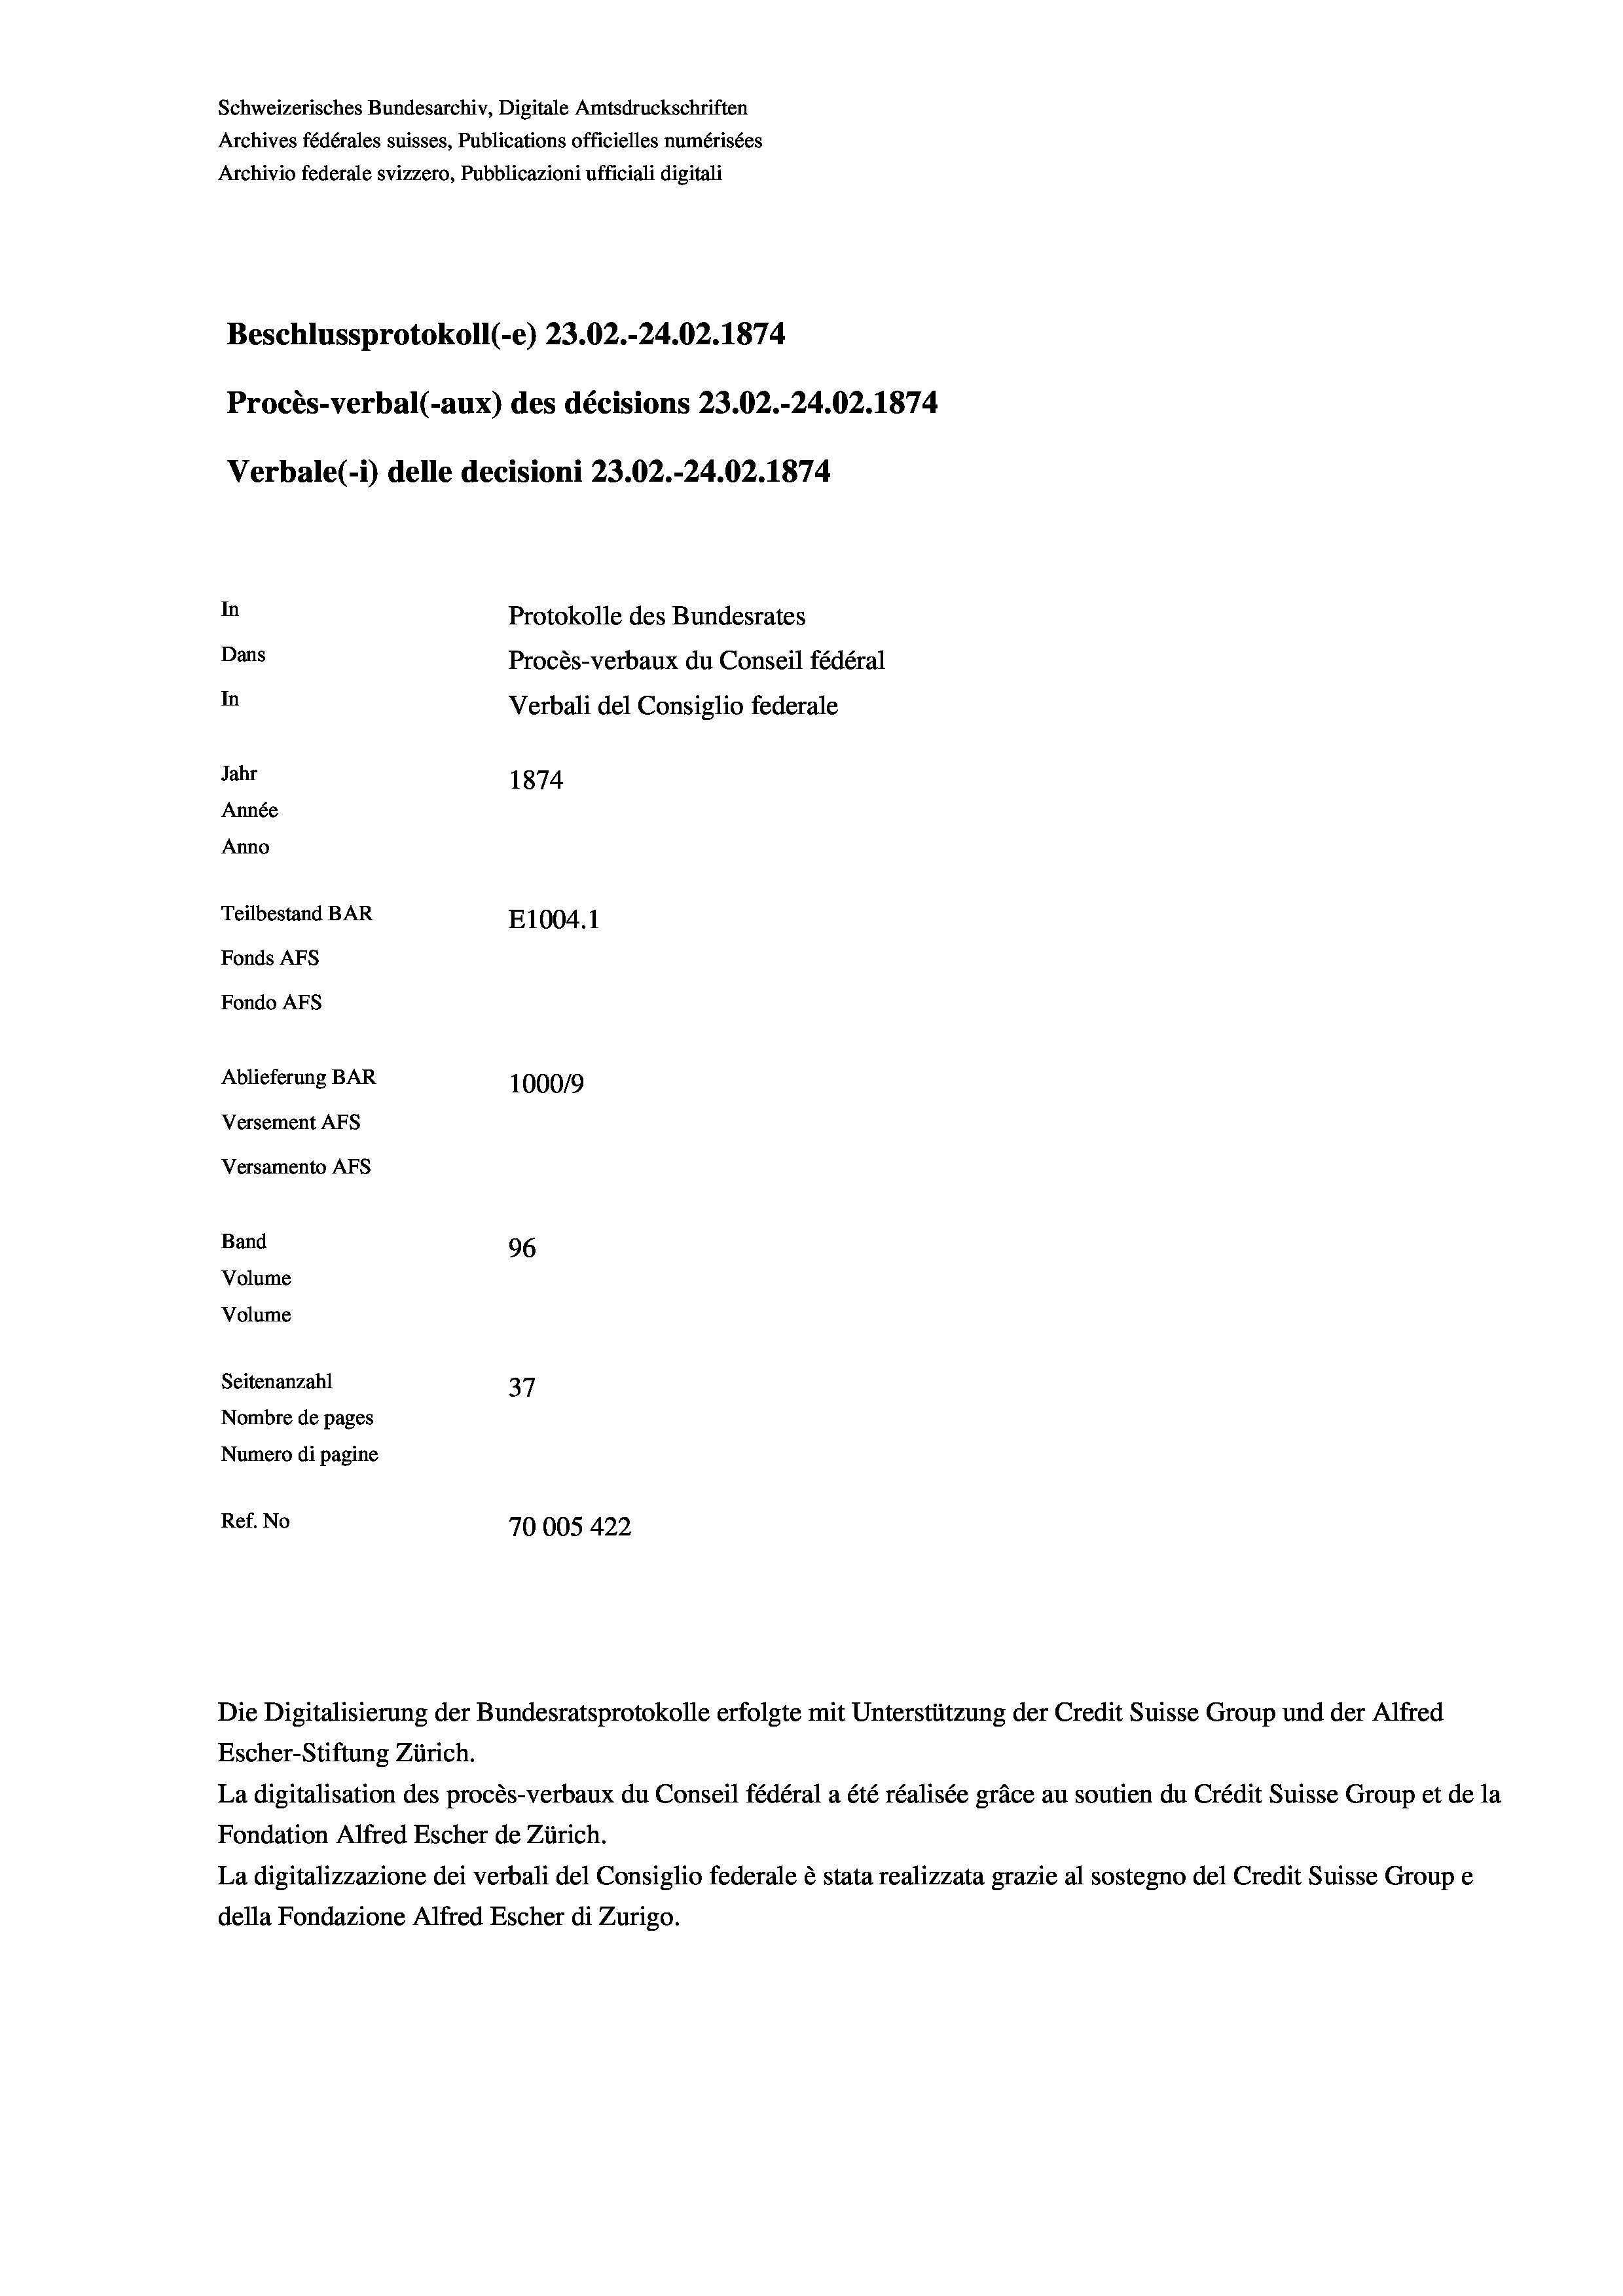
Schweizerisches Bundesarchiv, Digitale Amtsdruckschriften
Archives fédérales suisses, Publications officielles numérisées
Archivio federale svizzero, Pubblicazioni ufficiali digitali
Beschlussprotokoll (-e) 23.02.-24.02. 1874
Procès-verbal (-aux) des décisions 23.02.-24.02. 1874
Verbale (1) delle decisioni 23.02.-24.02. 1874
In
Protokolle des Bundesrates
Dans
Procès-verbaux du Conseil fédéral
In
Verbali del Consiglio federale
Jahr
1874
Année
Anno
Teilbestand BAR
E1004. 1
Fonds AFs
Fondo Afs
Ablieferung BAR
100019
Versement AFs
Versamento Afs

96
37
Nombre de pages
Numero di pagine
Ref. No
70005 422

Band
Volume

Volume
Seitenanzahl

La digitalisation des procès-verbaux du Conseil fédéral a été réalisée gräce au soutien du Crédit Suisse Group et de la
Fondation Alfred Escher de Zürich.
La digitalizzazione dei verbali del Consiglio federale è stata realizzata grazie al sostegno del Credit Suisse Groupe
della Fondazione Alfred Escher di Zurigo.

Die Digitalisierung der Bundesratsprotokolle erfolgte mit Unterstützung der Credit Suisse Group und der Alfred
Escher-Stiftung Zürich.